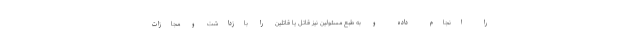
را انجام داده و به طبع مسئولین نیز قاتل یا قاتلین را بازداشت و مجازات